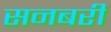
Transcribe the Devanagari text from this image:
सनबरी